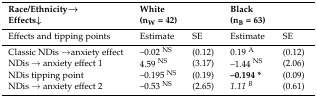
<table><thead><tr><td><b>Race/Ethnicity→Effects↓</b></td><td colspan="2"><b>White(n<sub>W</sub> = 42)</b></td><td colspan="2"><b>Black(n<sub>B</sub> = 63)</b></td></tr></thead><tbody><tr><td>Effects and tipping points </td><td>Estimate</td><td>SE</td><td>Estimate</td><td>SE</td></tr><tr><td>Classic NDis →anxiety effect</td><td>–0.02 <sup>NS</sup></td><td>(0.12)</td><td>0.19 <sup>A </sup></td><td>(0.12)</td></tr><tr><td>NDis → anxiety effect 1</td><td>4.59 <sup>NS</sup></td><td>(3.17)</td><td>–1.44 <sup>NS</sup></td><td>(2.06)</td></tr><tr><td>NDis tipping point</td><td>–0.195 <sup>NS</sup></td><td>(0.19)</td><td><b>–0.194 *</b></td><td>(0.09)</td></tr><tr><td>NDis → anxiety effect 2</td><td>–0.53 <sup>NS</sup></td><td>(2.65)</td><td><i>1.11 <sup>B</sup></i></td><td>(0.61)</td></tr></tbody></table>